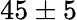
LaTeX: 45\pm 5